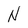
Character: N